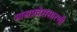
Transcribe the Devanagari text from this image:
मासप्रवेशसारणी